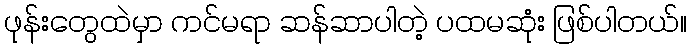
ဖုန်းတွေထဲမှာ ကင်မရာ ဆန်ဆာပါတဲ့ ပထမဆုံး ဖြစ်ပါတယ်။